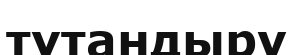
түтандыру